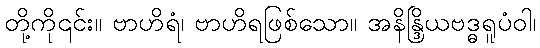
တို့ကို၎င်း။ ဗာဟိရံ၊ ဗာဟိရဖြစ်သော။ အနိန္ဒြိယဗဒ္ဓရူပံဝါ၊